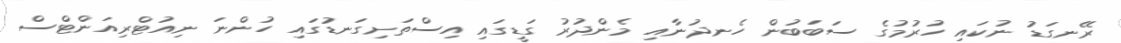
ރޭނގަޑު ނުކައި ހުރުމުގެ ސަބަބުން ހެނދުނާއި މެންދުރު ގަޑީގައި އިސްތަށިގަނޑުގައި ހުންނަ ނިއުޓްރިއަންޓްސް